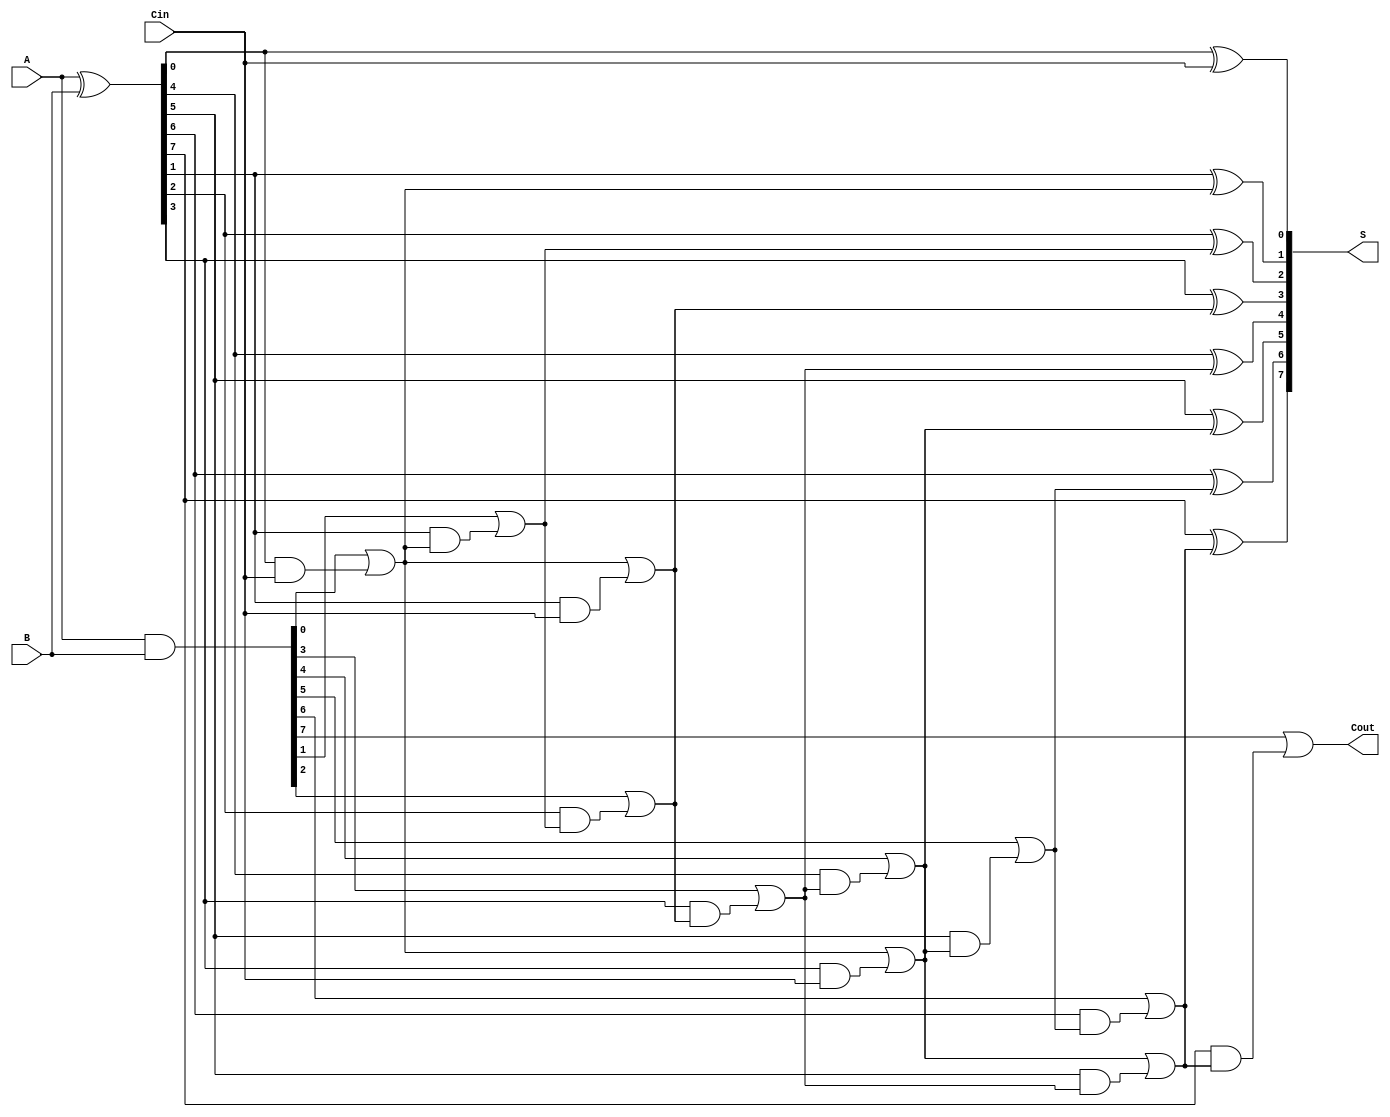
module brent_kung_adder #(parameter n = 8) (
    input  [n-1:0] A,        // First input
    input  [n-1:0] B,        // Second input
    input         Cin,       // Carry-in
    output [n-1:0] S,        // Sum output
    output        Cout       // Carry-out output
);

    // Generate and propagate signals
    wire [n-1:0] G; // Generate
    wire [n-1:0] P; // Propagate
    wire [n:0] C;   // Carry signals (C[0] = Cin)

    assign G = A & B;      // Generate
    assign P = A ^ B;      // Propagate
    assign C[0] = Cin;     // Initial carry-in

    // Carry computation using Brent-Kung structure
    genvar i, j, k;
    
    // Stage 1: Compute carry signals
    generate
        for (i = 0; i < n; i = i + 1) begin : stage1
            if (i == 0) begin
                assign C[i + 1] = G[i] | (P[i] & C[i]); // C[1] = G[0] | (P[0] & C[0])
            end else begin
                assign C[i + 1] = G[i] | (P[i] & C[i]); // C[i + 1] = G[i] | (P[i] & C[i])
            end
        end
    endgenerate

    // Higher stages of carry computation
    generate
        for (k = 1; k < $clog2(n); k = k + 1) begin : higher_stages
            for (j = 0; j < n; j = j + (1 << (k + 1))) begin : stage
                assign C[j + (1 << k) + 1] = C[j + 1] | (P[j + (1 << k) - 1] & C[j]);
            end
        end
    endgenerate

    // Sum calculation
    generate
        for (i = 0; i < n; i = i + 1) begin : sum_calc
            assign S[i] = P[i] ^ C[i]; // Sum bits
        end
    endgenerate

    // Final carry-out
    assign Cout = C[n]; // Final carry-out

endmodule